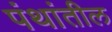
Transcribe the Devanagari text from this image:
पंथांतील